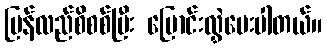
ပြန်လည်စိစစ်ပြီး ပြောင်းလွှဲပေးပါတယ်။